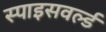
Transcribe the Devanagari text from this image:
स्पाइसवर्ल्ड